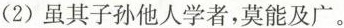
(2)虽其子孙他人学者，莫能及广。